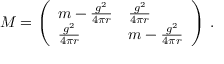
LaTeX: M = \left( \begin{array} { l l } { { m - { \frac { g ^ { 2 } } { 4 \pi r } } } } & { { { \frac { g ^ { 2 } } { 4 \pi r } } } } \\ { { { \frac { g ^ { 2 } } { 4 \pi r } } } } & { { m - { \frac { g ^ { 2 } } { 4 \pi r } } } } \end{array} \right) \, .